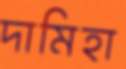
দামিহা